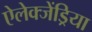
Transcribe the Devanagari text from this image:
ऐलेक्जेंड्रिया